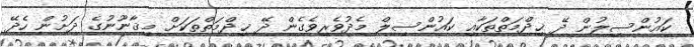
ކައުންސިލުން ދޭ ޚިދްމަތްތަކާއި ކައުންސިލް މެދުވެރިވެގެން ދޭ ޚިދްމަތްތަކަށް މިޤާނޫނުގެ ދަށުން ހެދޭ